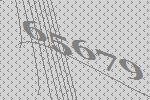
65679